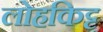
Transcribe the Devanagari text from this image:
लोहकिट्ट